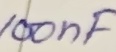
Text: 100nF